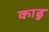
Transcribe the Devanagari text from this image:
काढु